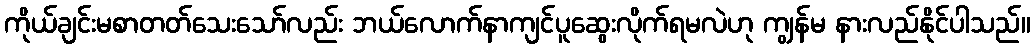
ကိုယ်ချင်းမစာတတ်သေးသော်လည်း ဘယ်လောက်နာကျင်ပူဆွေးလိုက်ရမလဲဟု ကျွန်မ နားလည်နိုင်ပါသည်။